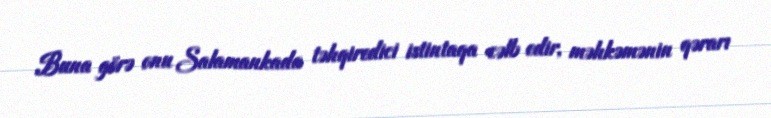
Buna görə onu Salamankada təhqiredici istintaqa cəlb edir, məhkəmənin qərarı